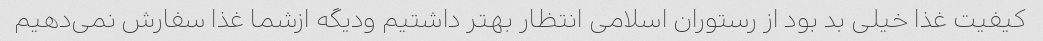
کیفیت غذا خیلی بد بود از رستوران اسلامی انتظار بهتر داشتیم ودیگه ازشما غذا سفارش نمی‌دهیم